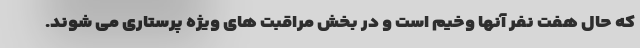
که حال هفت نفر آنها وخیم است و در بخش مراقبت های ویژه پرستاری می شوند.